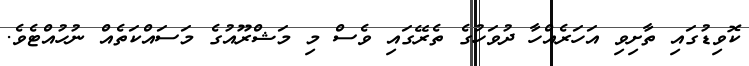
ކޮވިޑުގައި ތާށިވި އަހަރެއްހާ ދުވަހުގެ ތެރޭގައި ވެސް މި މަޝްރޫއުގެ މަސައްކަތެއް ނުހުއްޓެވެ.